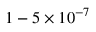
1 - 5 \times 1 0 ^ { - 7 }